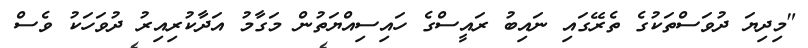
"މިދިޔަ ދުވަސްތަކުގެ ތެރޭގައި ނައިބު ރައީސްގެ ހައިސިއްޔަތުން މަގާމު އަދާކުރިއިރު ދުވަހަކު ވެސް